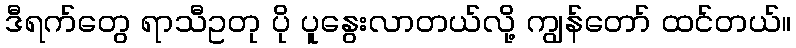
ဒီရက်တွေ ရာသီဥတု ပို ပူနွေးလာတယ်လို့ ကျွန်တော် ထင်တယ်။